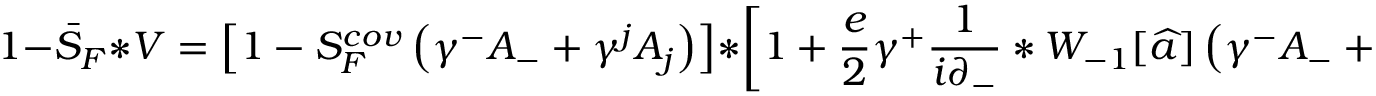
1 - \bar { S } _ { F } \ast { \cal V } = \left[ 1 - S _ { F } ^ { c o v } \left( \gamma ^ { - } { A } _ { - } + \gamma ^ { j } { A } _ { j } \right) \right] \ast \left[ 1 + \frac { e } { 2 } \gamma ^ { + } \frac { 1 } { i \partial _ { - } } \ast { \cal W } _ { - 1 } [ \widehat { a } ] \left( \gamma ^ { - } { A } _ { - } + \gamma ^ { k } { A } _ { k } \right) \right] ,